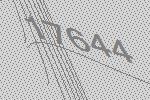
17644